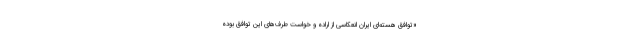
«توافق هسته‌ای ایران انعکاسی از اراده و خواست طرف‌های این توافق بوده